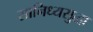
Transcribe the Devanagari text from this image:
सानिध्यसुद्धा